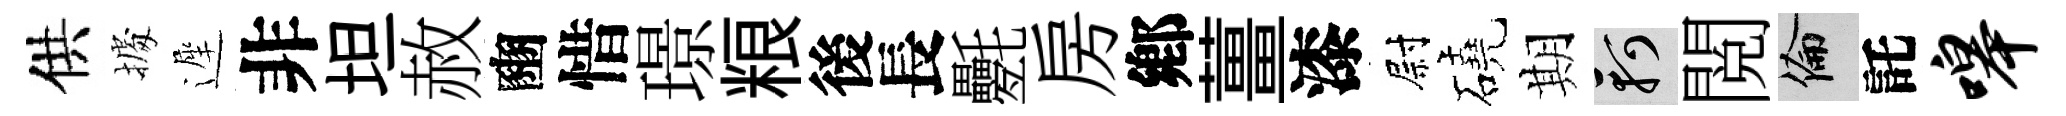
供𢴃遲非坦赦豳惜璟粮後長氎房鄕薑漆尉磽期軻閲倫託嗥